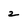
Character: 2